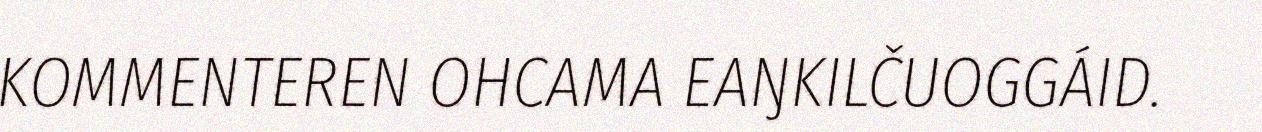
KOMMENTEREN OHCAMA EAŊKILČUOGGÁID.